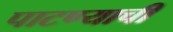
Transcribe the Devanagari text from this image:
पाटण्याची